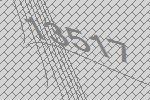
13517